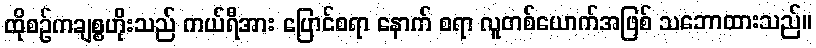
ထိုစဉ်ကချစ္စဟိုးသည် ကယ်ရီအား ပြောင်စရာ နောက် စရာ လူတစ်ယောက်အဖြစ် သဘောထားသည်။